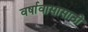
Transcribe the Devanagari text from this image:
वर्षावासासाठी